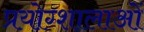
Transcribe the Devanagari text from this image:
प्रयोग्शालाओं